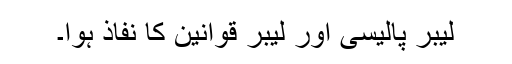
لیبر پالیسی اور لیبر قوانین کا نفاذ ہوا۔